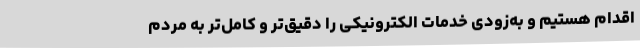
اقدام هستیم و به‌زودی خدمات الکترونیکی را دقیق‌تر و کامل‌تر به مردم